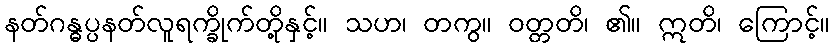
နတ်ဂန္ဓပ္ပနတ်လူရက္ခိုက်တို့နှင့်။ သဟ၊ တကွ။ ဝတ္တတိ၊ ၏။ ဣတိ၊ ကြောင့်။